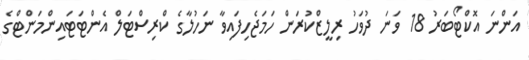
އަންނަ އޮކްޓޯބަރު 18 ވަނަ ދުވަހު ރިލީޒްކުރަން ހަމަޖެހިފައިވާ ނަހުލާގެ ކްރިސްޓަލް އެންޓަޓައިންމަންޓްގެ